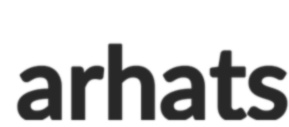
arhats